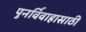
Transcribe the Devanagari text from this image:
पुनर्विवाहासाठी